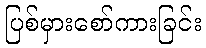
ပြစ်မှားစော်ကားခြင်း